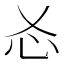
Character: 㣻